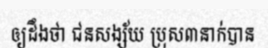
ឲ្យដឹងថា ជនសង្ស័យ ប្រុស៣នាក់បាន